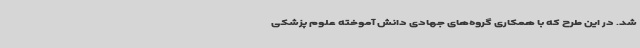
شد. در این طرح که با همکاری گروه‌های جهادی دانش آموخته‌ علوم پزشکی